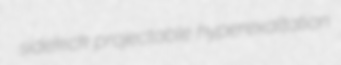
sidekick projectable hyperexaltation